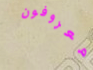
معروفون